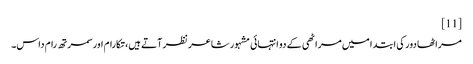
[11]
مراٹھا دور کی ابتدا میں مراٹھی کے دو انتہائی مشہور شاعر نظر آتے ہیں، تکارام اور سمرتھ رام داس۔